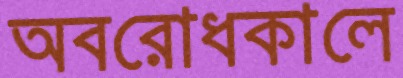
অবরোধকালে